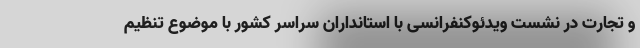
و تجارت در نشست ویدئوکنفرانسی با استانداران سراسر کشور با موضوع تنظیم